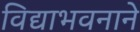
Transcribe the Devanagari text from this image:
विद्याभवनाने